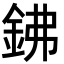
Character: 鉘